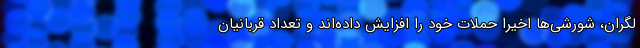
لگران، شورشی‌ها اخیراً حملات خود را افزایش داده‌اند و تعداد قربانیان